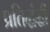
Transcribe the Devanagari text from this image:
प्रतिद्धंद्धी